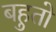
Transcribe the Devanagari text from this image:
बहुतो